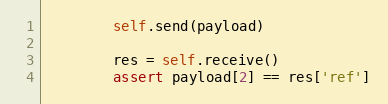
Language: Python
        self.send(payload)

        res = self.receive()
        assert payload[2] == res['ref']